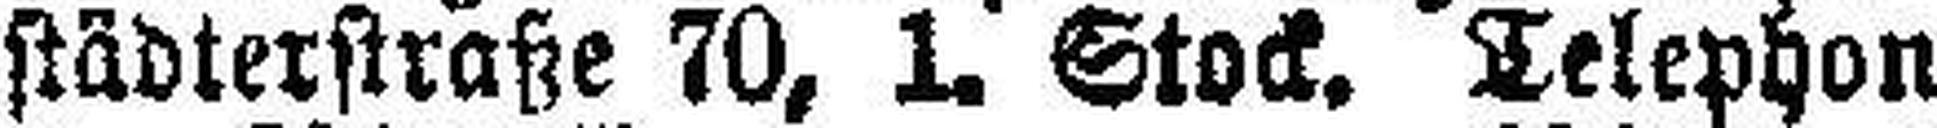
städterstraße 70, 1. Stock. Telephon